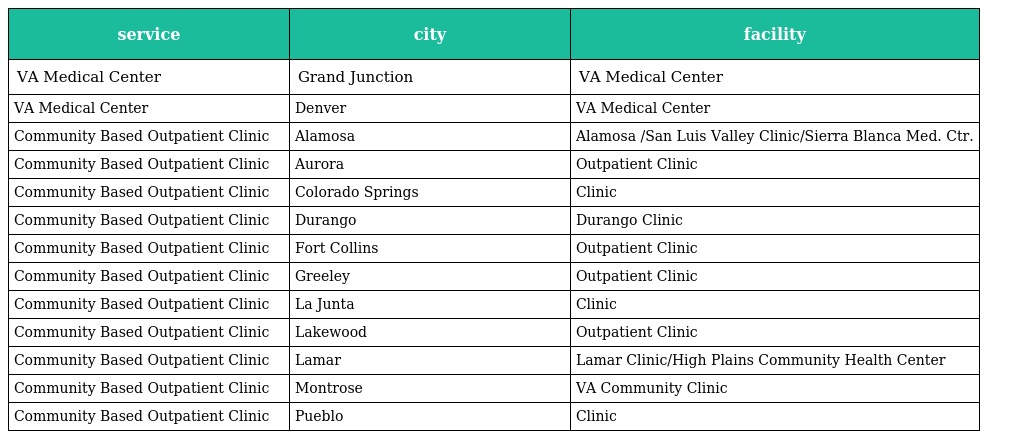
| service | city | facility |
 | --- | --- | --- |
 | VA Medical Center | Grand Junction | VA Medical Center |
 | VA Medical Center | Denver | VA Medical Center |
 | Community Based Outpatient Clinic | Alamosa | Alamosa /San Luis Valley Clinic/Sierra Blanca Med. Ctr. |
 | Community Based Outpatient Clinic | Aurora | Outpatient Clinic |
 | Community Based Outpatient Clinic | Colorado Springs | Clinic |
 | Community Based Outpatient Clinic | Durango | Durango Clinic |
 | Community Based Outpatient Clinic | Fort Collins | Outpatient Clinic |
 | Community Based Outpatient Clinic | Greeley | Outpatient Clinic |
 | Community Based Outpatient Clinic | La Junta | Clinic |
 | Community Based Outpatient Clinic | Lakewood | Outpatient Clinic |
 | Community Based Outpatient Clinic | Lamar | Lamar Clinic/High Plains Community Health Center |
 | Community Based Outpatient Clinic | Montrose | VA Community Clinic |
 | Community Based Outpatient Clinic | Pueblo | Clinic |